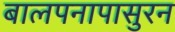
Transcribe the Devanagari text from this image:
बालपनापासुरन